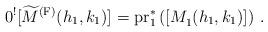
LaTeX: \begin{align*}0^{!}[ \widetilde{M}^{\textup{(F)}}(h_1, k_1) ]^{} = {\rm pr}_1^{\ast} \left( [ M^{}_1(h_1,k_1) ]^{} \right)\,. \end{align*}